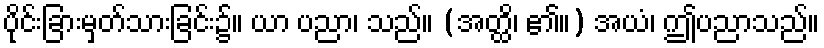
ပိုင်းခြားမှတ်သားခြင်း၌။ ယာ ပညာ၊ သည်။ (အတ္ထိ၊ ၏။) အယံ၊ ဤပညာသည်။